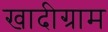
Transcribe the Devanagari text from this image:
खादीग्राम